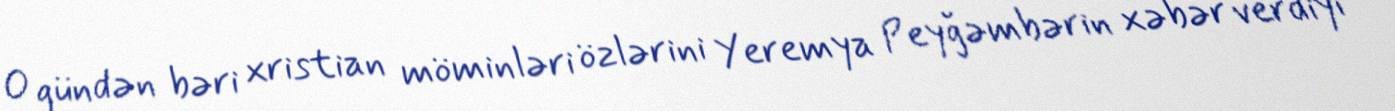
O gündən bəri xristian möminləri özlərini Yeremya Peyğəmbərin xəbər verdiyi